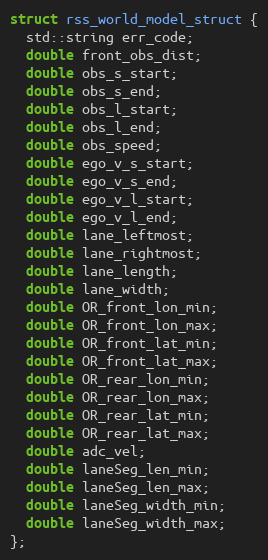
Language: C
struct rss_world_model_struct {
  std::string err_code;
  double front_obs_dist;
  double obs_s_start;
  double obs_s_end;
  double obs_l_start;
  double obs_l_end;
  double obs_speed;
  double ego_v_s_start;
  double ego_v_s_end;
  double ego_v_l_start;
  double ego_v_l_end;
  double lane_leftmost;
  double lane_rightmost;
  double lane_length;
  double lane_width;
  double OR_front_lon_min;
  double OR_front_lon_max;
  double OR_front_lat_min;
  double OR_front_lat_max;
  double OR_rear_lon_min;
  double OR_rear_lon_max;
  double OR_rear_lat_min;
  double OR_rear_lat_max;
  double adc_vel;
  double laneSeg_len_min;
  double laneSeg_len_max;
  double laneSeg_width_min;
  double laneSeg_width_max;
};